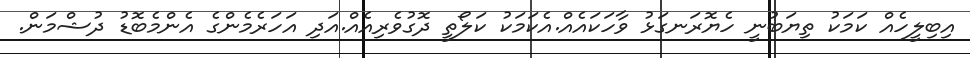
އިބިލީހެއް ކަމަކު ތިޔަބުނީ ހެޔޮރަނގަޅު ވާހަކައެއް.އެކަމަކު ކަލޯތީ ދޮގުވެރިއެއް.އަދި އަހަރެމެންގެ އެންމެބޮޑު ދުޝްމަން.